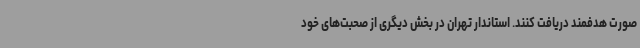
صورت هدفمند دریافت کنند. استاندار تهران در بخش دیگری از صحبت‌های خود